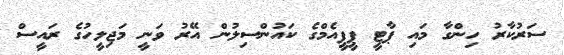
ސަރުކާރު ހިންގާ މައި ޕާޓީ ޕީޕީއެމްގެ ކައުންސިލުން އޭރު ވަނީ މަޖިލީހުގެ ރައީސް